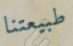
طبيعتنا